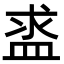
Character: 盚